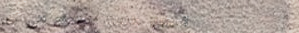
توصيل طلبات الطعام إلى جم